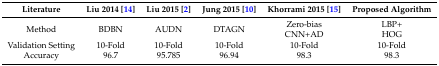
| Literature | Liu 2014 [14] | Liu 2015 [2] | Jung 2015 [10] | Khorrami 2015 [15] | Proposed Algorithm |
 | --- | --- | --- | --- | --- | --- |
 | Method | BDBN | AUDN | DTAGN | Zero-biasCNN+AD | LBP+HOG |
 | Validation Setting | 10-Fold | 10-Fold | 10-Fold | 10-Fold | 10-Fold |
 | Accuracy | 96.7 | 95.785 | 96.94 | 98.3 | 98.3 |